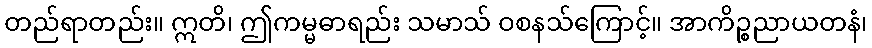
တည်ရာတည်း။ ဣတိ၊ ဤကမ္မဓာရည်း သမာသ် ဝစနသ်ကြောင့်။ အာကိဉ္စညာယတနံ၊